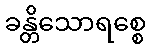
ခန္တိသောရစ္စေ